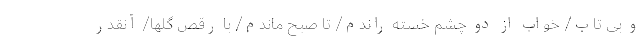
و بی تاب/ خواب از دو چشم خسته راندم/ تا صبح ماندم/ با رقص گلها/ آنقدر